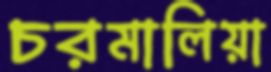
চরমালিয়া